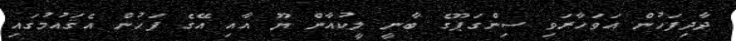
ދާދިފަހުން އަވަހާރަވި ސިންގަޕޫގެ ބާނީ ލީކުއާން ޔޫ އާއި އޭގެ ފަހުން އެޤައުމުގައި